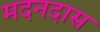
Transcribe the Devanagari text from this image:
मदनदास